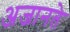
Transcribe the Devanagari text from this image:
अजानते